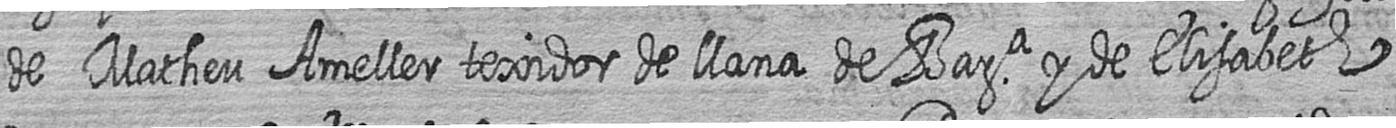
de Matheu Ameller texidor de llana de Bara y de Elisabeth